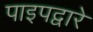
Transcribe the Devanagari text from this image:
पाइपद्वारे